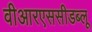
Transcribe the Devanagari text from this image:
वीआरएससीडब्लू